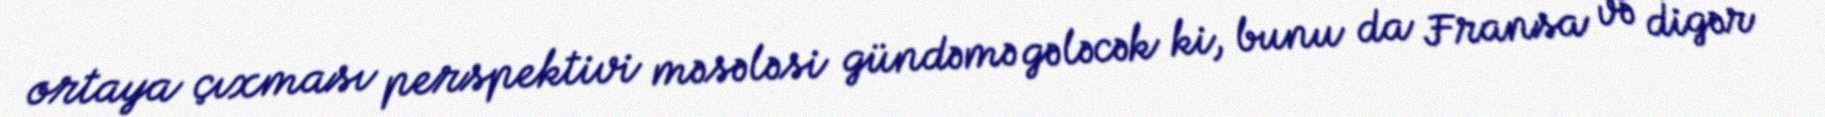
ortaya çıxması perspektivi məsələsi gündəmə gələcək ki, bunu da Fransa və digər